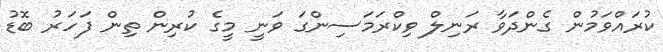
ކުރައްވަމުން ގެންދަވާ ރަނިލް ވިކްރަމަސިންގަ ވަނީ މީގެ ކުރިން ތިން ފަހަރު ބޮޑު